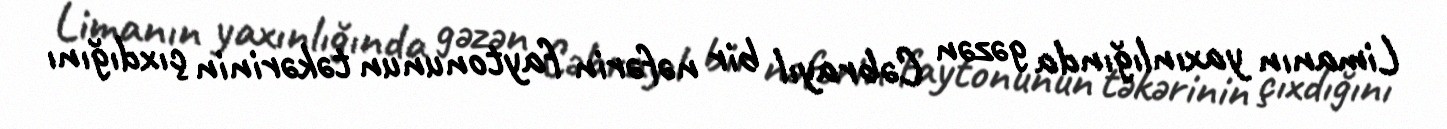
Limanın yaxınlığında gəzən Cəbrayıl bir nəfərin faytonunun təkərinin çıxdığını